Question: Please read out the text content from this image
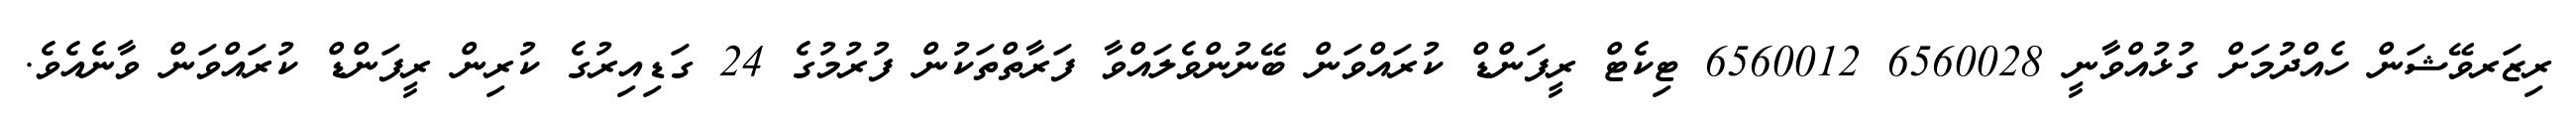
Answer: ރިޒަރވޭޝަން ހެއްދުމަށް ގުޅުއްވާނީ 6560028 6560012 ޓިކެޓް ރީފަންޑް ކުރައްވަން ބޭނުންވެލައްވާ ފަރާތްތަކުން ފުރުމުގެ 24 ގަޑިއިރުގެ ކުރިން ރީފަންޑް ކުރައްވަން ވާނެއެވެ.